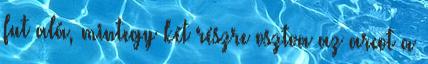
fut alá, mintegy két részre osztva az arcot a